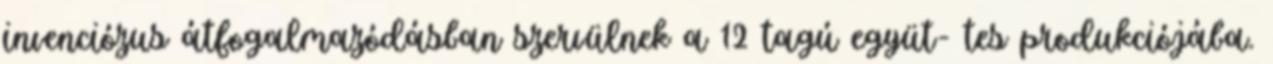
invenciózus átfogalmazódásban szervülnek a 12 tagú együt- tes produkciójába.